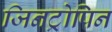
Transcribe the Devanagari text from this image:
जिनट्रोपिन